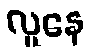
လူနေ